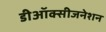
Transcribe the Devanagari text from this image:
डीऑक्सीजनेशन